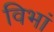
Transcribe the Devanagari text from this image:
विभां